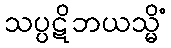
သပ္ပဋိဘယသ္မိံ